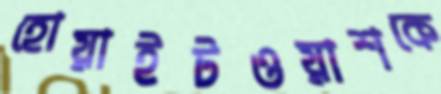
হোয়াইটওয়াশকে